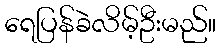
ရေပြန်ခဲလိမ့်ဦးမည်။